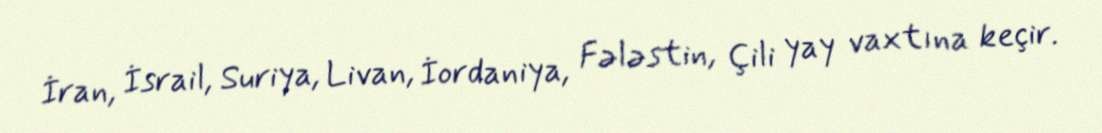
İran, İsrail, Suriya, Livan, İordaniya, Fələstin, Çili yay vaxtına keçir.